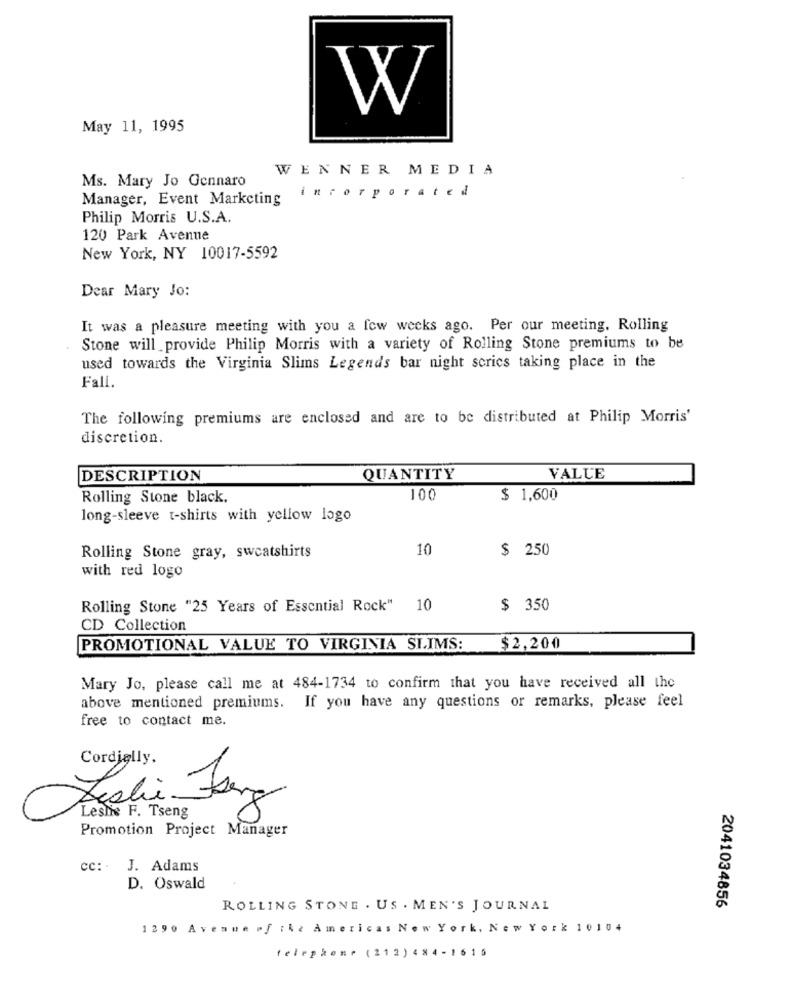
W
May 11, 1995
WENNER MEDIA
Ms. Mary Jo Gennaro
incorporated
Manager, Event Marketing
Philip Morris U.S.A.
120 Park Avenue
New York, NY 10017-5592
Dear Mary Jo:
It was a pleasure meeting with you a few weeks ago. Per our meeting. Rolling
Stone will provide Philip Morris with a variety of Rolling Stone premiums to be
used towards the Virginia Slims Legend's bar night scrics taking place in the
Fall.
The following premiums are enclosed and are to be distributed at Philip Morris'
discretion.
DESCRIPTION
QUANTITY
VALUE
Rolling Stone black,
100
$ 1,600
long-sleeve t-shirts with yellow logo
10
$ 250
Rolling Stone gray, sweatshirts
with red logo
Rolling Stone "25 Years of Essential Rock" 10
$ 350
CD Collection
PROMOTIONAL VALUE TO VIRGINIA SLIMS:
$2,200
Mary Jo, please call me at 484-1734 to confirm that you have received all the
above mentioned premiums. If you have any questions or remarks, please feel
free to contact me.
Cordially.
Leslis F. Tseng
Promotion Project Manager
cc: ·
J. Adams
D. Oswald
ROLLING STONE . US . MEN'S JOURNAL
2041034856
1290 Avenue of the Americas New York, New York 10104
telephone (212) 484 -1615